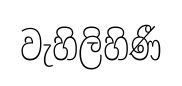
වැහිලිහිණී